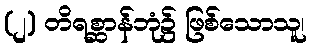
(၂) တိရစ္ဆာန်ဘုံ၌ ဖြစ်သောသူ၊